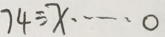
7 4 \div x \cdots 0